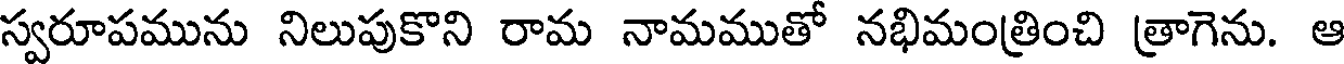
స్వరూపమును నిలుపుకొని రామ నామముతో నభిమంత్రించి త్రాగెను. ఆ